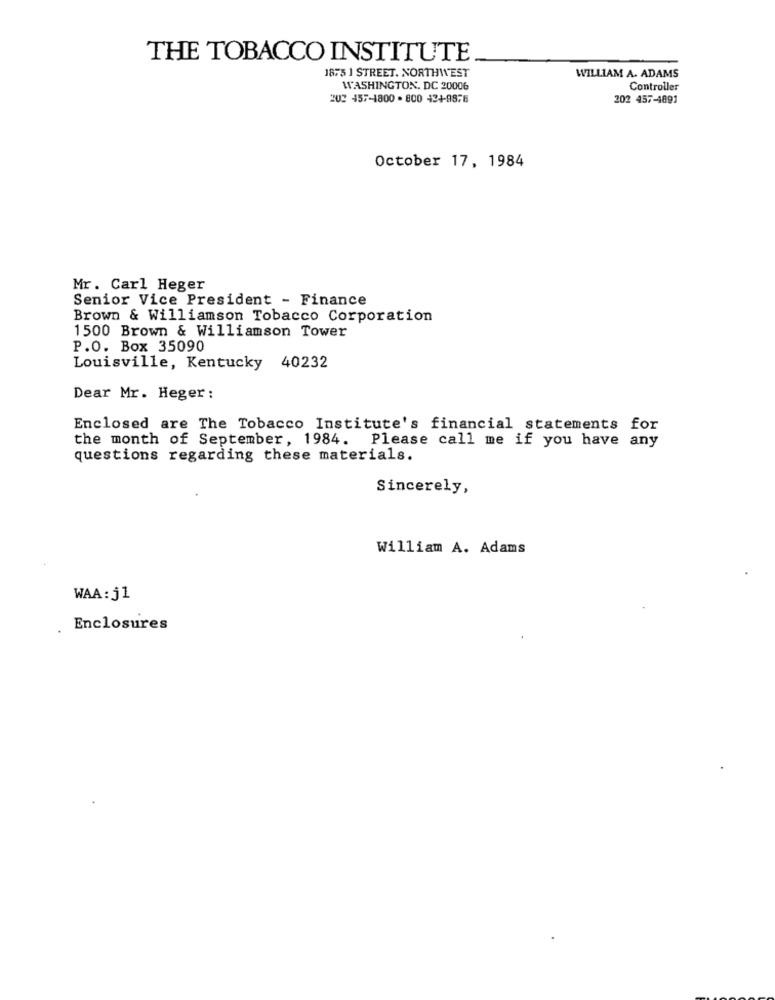
THE TOBACCO INSTITUTE
1875 1 STREET. NORTHWEST
WILLIAM A. ADAMS
WASHINGTON, DC 20006
Controller
203 157-1800 . 800 424-9876
202 457-4891
October 17, 1984
Mr. Carl Heger
Senior Vice President - Finance
Brown & Williamson Tobacco Corporation
1500 Brown & Williamson Tower
P.O. Box 35090
Louisville, Kentucky 40232
Dear Mr. Heger:
Enclosed are The Tobacco Institute's financial statements for
the month of September, 1984. Please call me if you have any
questions regarding these materials.
Sincerely,
William A. Adams
WAA : j1
Enclosures